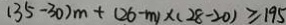
( 3 5 - 3 0 ) m + ( 2 6 - m ) \times ( 2 8 - 2 0 ) \geq 1 9 5